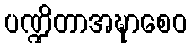
ပဏ္ဍိတာအဍ္ဎာစေဝ